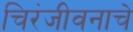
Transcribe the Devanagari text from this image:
चिरंजीवनाचे